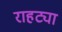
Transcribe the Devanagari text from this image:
राहट्या